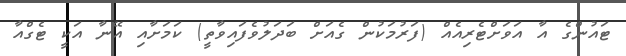
ޓައުންގެ އާ އަވަށްޓެރިއެއް (ފަރުމަކުން ގެއަށް ބަދަލުވެފައިވާތީ) ކަމަށާއި އޭނާ އަކީ ޓެގްއާ